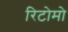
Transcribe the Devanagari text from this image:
रिटोमो